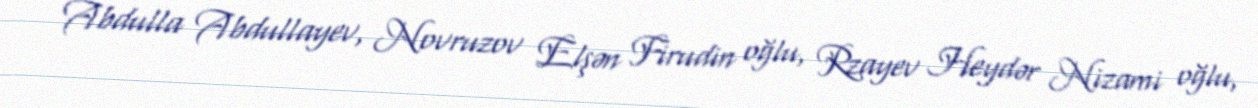
Abdulla Abdullayev, Novruzov Elşən Firudin oğlu, Rzayev Heydər Nizami oğlu,